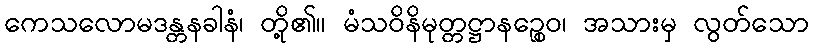
ကေသလောမဒန္တနခါနံ၊ တို့၏။ မံသဝိနိမုတ္တဋ္ဌာနဉ္စေဝ၊ အသားမှ လွတ်သော